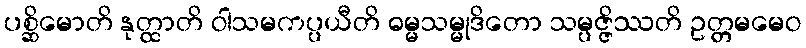
ပစ္ဆိမောတိ နုတ္ထာတိ ဝါသမကပ္ပယီတိ ဓမ္မသမ္မုဒိတော သမ္ပဇ္ဇိဿတိ ဥတ္တမမေဝ